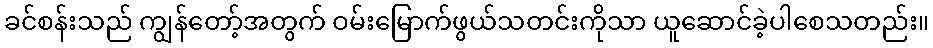
ခင်စန်းသည် ကျွန်တော့်အတွက် ဝမ်းမြောက်ဖွယ်သတင်းကိုသာ ယူဆောင်ခဲ့ပါစေသတည်း။